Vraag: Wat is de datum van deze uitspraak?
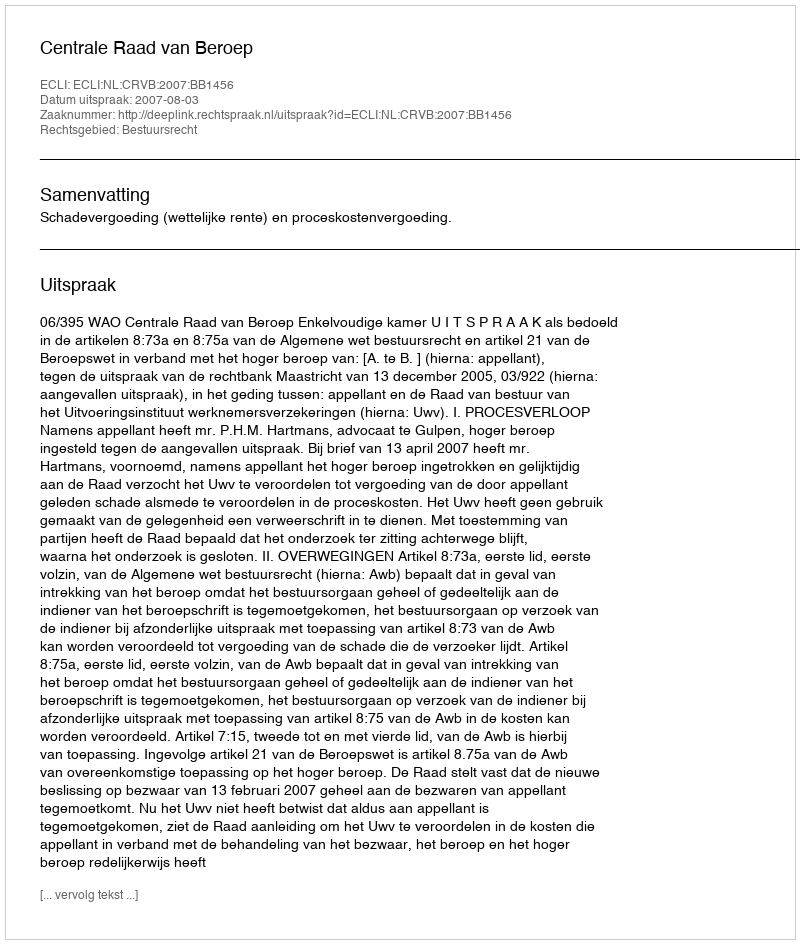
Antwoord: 2007-08-03